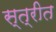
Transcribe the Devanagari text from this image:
स्त्रीत